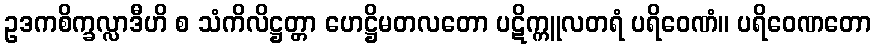
ဥဒကစိက္ခလ္လာဒီဟိ စ သံကိလိဋ္ဌတ္တာ ဟေဋ္ဌိမတလတော ပဋိက္ကူလတရံ ပရိဝေဏံ။ ပရိဝေဏတော